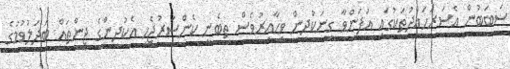
ސަބަބުން އެސަރަހައްދުތަކުގައި އުފަންވާ ގިނަކުދިން ވިހާއިރުވެސް ތިބެނީ ކެންސަރުޖެހި އެކުދިންގެ ޖީންތައް ބަދަލުވުމުގެ